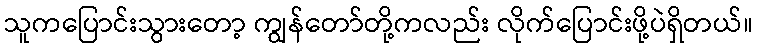
သူကပြောင်းသွားတော့ ကျွန်တော်တို့ကလည်း လိုက်ပြောင်းဖို့ပဲရှိတယ်။